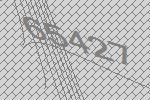
65427